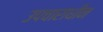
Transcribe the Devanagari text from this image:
उपचाराधीन